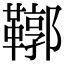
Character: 鞹